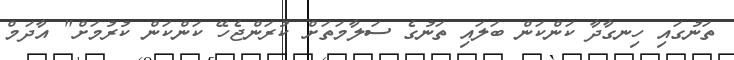
ތަނުގައި ހިނގާދާ ކަންކަން ބަލައި ތަނުގެ ސަލާމަތަށް ކުރަންޖެހޭ ކަންކަން ކުރުމަށް" އާދަމް